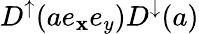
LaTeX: D^{\uparrow}(ae_{\mathbf{x}}e_{y})D^{\downarrow}(a)